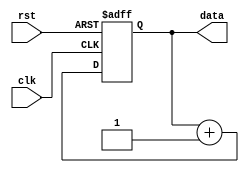
`timescale 1ns / 1ps
//////////////////////////////////////////////////////////////////////////////////
// Company: 
// Engineer: 
// 
// Design Name: 
// Module Name: test_counter
// Project Name: 
// Target Devices: 
// Tool Versions: 
// Description: 
// 
// Dependencies: 
// 
// Revision:
// Revision 0.01 - File Created
// Additional Comments:
// 
//////////////////////////////////////////////////////////////////////////////////


module test_counter(
    input clk,
    input rst,
    output [6:0] data
    );
    
reg [6:0] counter;
    
    assign data= counter;
    
    
    always @ (posedge clk or posedge rst) begin
        if (rst) begin
            counter <= {7{1'b1}};        
        end else begin
            counter <= counter + 7'd1;        
        end
    end
       
endmodule